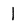
Character: 1